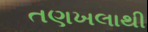
તણખલાથી